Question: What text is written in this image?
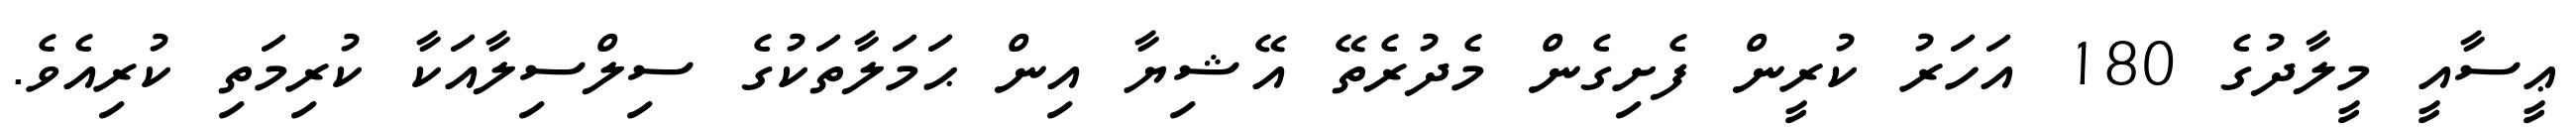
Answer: ޢީސާއީ މީލާދުގެ 180 އަހަރު ކުރީން ފެށިގެން މެދުރެތޭ އޭޝިޔާ އިން ޙަމަލާތަކުގެ ސިލްސިލާއަކާ ކުރިމަތި ކުރިއެވެ.